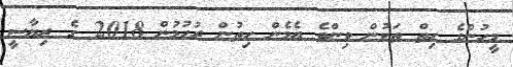
މީހުންގެ ހިތް ތަކުން ވިންވެ އެމެން ހިތުން ރުހުމުން 2018 ގެ ރިޔާސީ